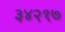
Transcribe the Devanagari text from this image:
३४२१७